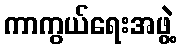
ကာကွယ်ရေးအဖွဲ့